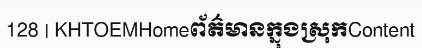
128 | KHTOEMHomeព័ត៌មានក្នុងស្រុកContent